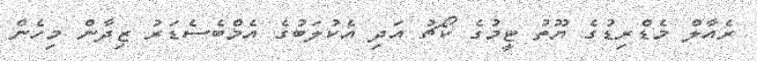
ރެއާލް މެޑްރިޑުގެ ޔޫތު ޓީމުގެ ކޯޗު އަދި އެކުލަބުގެ އެމްބެސެޑަރު ޒިދާން މިހެން